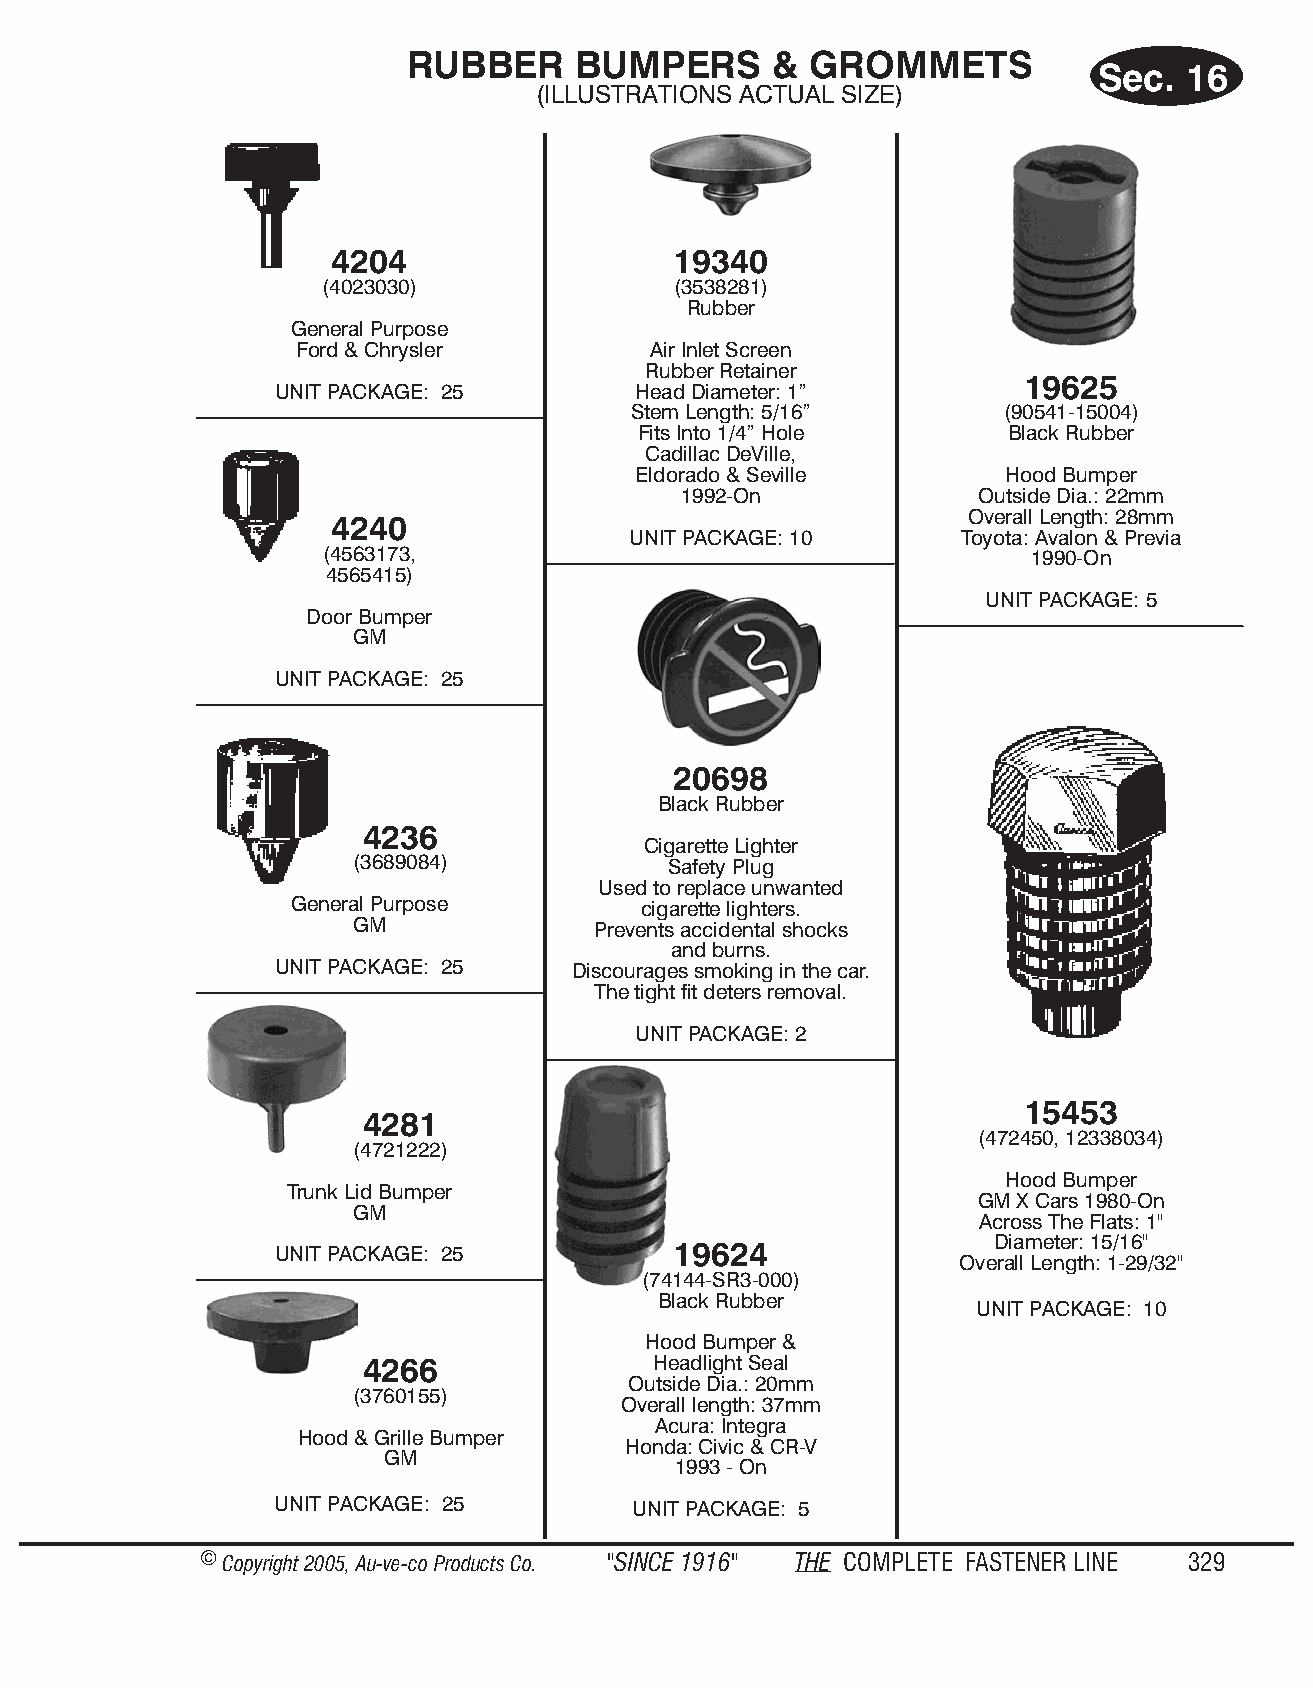
RUB  BER   BUMP    ERS  &  GROM    METS
 Sec.  16
 (IL LUS TRA TIONS AC TUAL SIZE)
 4204                   19340
 (4023030)              (3538281)
 Rub ber
 Gen eral Pur pose
 Ford & Chrysl er       Air In let Screen
 Rub ber Re tainer
 19625
 UNIT PACK AGE: 25       Head Di am e ter: 1”
 Stem Length: 5/16”       (90541-15004)
 Fits Into 1/4” Hole      Black Rubber
 Ca dil lac DeVille,
 Eldor ado & Sev ille     Hood Bumper
 1992-On             Outside Dia.: 22mm
 Overall Length: 28mm
 4240
 UNIT PACK AGE: 10     Toyota: Avalon & Previa
 (4563173,                                     1990-On
 4565415)
 UNIT PACKAGE: 5
 Door Bumper
 GM
 UNIT PACK AGE: 25
 20698
 Black Rubber
 4236
 Cigarette Lighter
 (3689084)           Safety Plug
 Used to replace unwanted
 Gen eral Pur pose       cigarette lighters.
 GM              Prevents accidental shocks
 and burns.
 UNIT PACK AGE: 25   Discourages smoking in the car.
 The tight fit deters removal.
 UNIT PACKAGE: 2
 15453
 4281
 (472450, 12338034)
 (4721222)
 Hood Bumper
 Trunk Lid Bumper
 GM X Cars 1980-On
 GM
 Across The Flats: 1"
 Di am e ter: 15/16"
 UNIT PACK AGE: 25          19624
 Overa ll Length: 1-29/32"
 (74144-SR3-000)
 Black Rub ber
 UNIT PACKAGE: 10
 Hood Bumper &
 4266               Headlight Seal
 Outside Dia.: 20mm
 (3760155)
 Overall length: 37mm
 Acura: Integra
 Hood & Grille Bumper
 Honda: Civic & CR-V
 GM
 1993 - On
 UNIT PACKAGE: 25        UNIT PACKAGE: 5
 © Copyr ight 2005, Au-ve-co Produ cts Co. "SINCE 1916" THE COM PLETE FAST ENER LINE 329